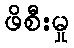
ဖိစီးမှု